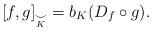
LaTeX: \begin{align*} [f, g]_{\underset{K}{\smile}} =b_K(D_f\circ g).\end{align*}